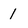
Character: 1